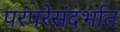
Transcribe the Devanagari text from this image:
परंपरेसंदर्भात